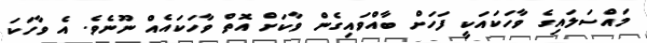
މައްސަލައިގެ ވާހަކައަކީ ފަހަށް ބާއްވައިގެން ވާކަށް އޮތް ވާހަކައެއް ނޫނެވެ. އެ ވާހަކަ